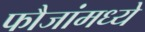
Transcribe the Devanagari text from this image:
फौजांमध्ये